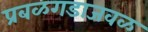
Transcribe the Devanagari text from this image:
प्रबळगडाजवळ